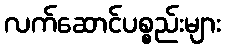
လက်ဆောင်ပစ္စည်းများ